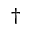
\dagger